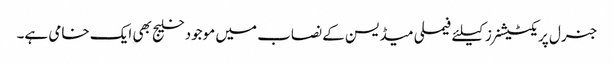
جنرل پریکٹیشنرز کیلئے فیملی میڈیسن کے نصاب میں موجود خلیج بھی ایک خامی ہے۔